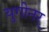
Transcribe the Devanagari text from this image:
युगीनर्